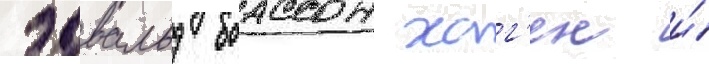
эдвальд боассон хаг'ен и́